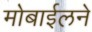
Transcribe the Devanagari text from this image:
मोबाईलने